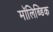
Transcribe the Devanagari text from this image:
मॉलिब्डिक